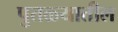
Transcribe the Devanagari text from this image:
पुतळ्यातील